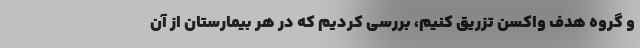
و گروه هدف واکسن تزریق کنیم، بررسی کردیم که در هر بیمارستان از آن